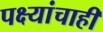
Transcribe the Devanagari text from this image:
पक्ष्यांचाही